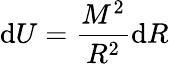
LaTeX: \mathrm{d}U={\frac{{M^{2}}}{{R^{2}}}}\mathrm{d}R